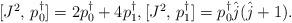
LaTeX: \begin{align*}\begin{matrix}[J^2, \, p_0^\dagger] = 2 p_0^\dagger + 4 p_1^\dagger,[J^2, \, p_1^\dagger] = p_0^\dagger \hat{j} (\hat{j} + 1).\end{matrix}\end{align*}